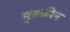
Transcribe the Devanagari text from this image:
मुष्रकीन